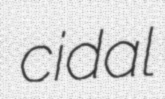
cidal